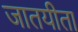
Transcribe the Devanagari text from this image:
जातयीता